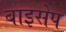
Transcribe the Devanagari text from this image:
बाइसेप